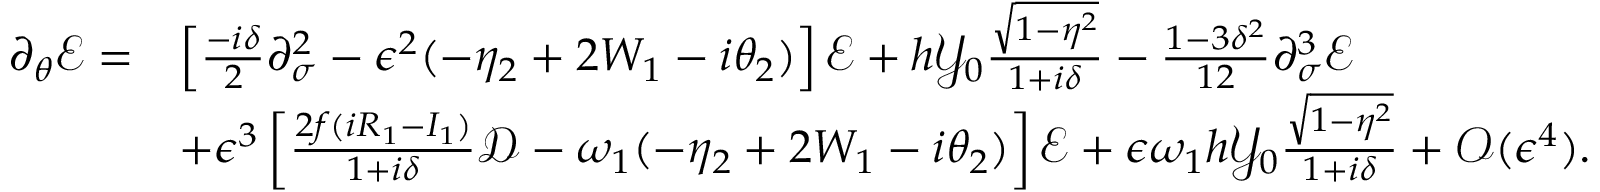
\begin{array} { r l } { \partial _ { \theta } \mathcal { E } = } & { \left[ \frac { - i \delta } { 2 } \partial _ { \sigma } ^ { 2 } - \epsilon ^ { 2 } ( - \eta _ { 2 } + 2 W _ { 1 } - i \theta _ { 2 } ) \right] \mathcal { E } + h \mathcal { Y } _ { 0 } \frac { \sqrt { 1 - \eta ^ { 2 } } } { 1 + i \delta } - \frac { 1 - 3 \delta ^ { 2 } } { 1 2 } \partial _ { \sigma } ^ { 3 } \mathcal { E } } \\ & { + \epsilon ^ { 3 } \left[ \frac { 2 f ( i R _ { 1 } - I _ { 1 } ) } { 1 + i \delta } \mathcal { D } - \omega _ { 1 } ( - \eta _ { 2 } + 2 W _ { 1 } - i \theta _ { 2 } ) \right] \mathcal { E } + \epsilon \omega _ { 1 } h \mathcal { Y } _ { 0 } \frac { \sqrt { 1 - \eta ^ { 2 } } } { 1 + i \delta } + \mathcal { O } ( \epsilon ^ { 4 } ) . } \end{array}